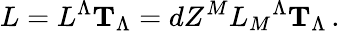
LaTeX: L=L^{\Lambda}{\mathbf T}_{\Lambda}=dZ^{M}L_{M}{}^{\Lambda}{\mathbf T}_{\Lambda}\, .